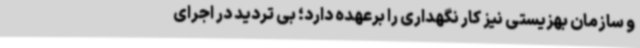
و سازمان بهزیستی نیز کار نگهداری را برعهده دارد؛ بی تردید در اجرای